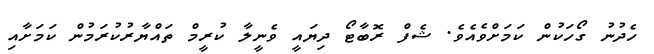
ހެދުނު ގޯހަކުން ކަމަށްވެއެވެ. ޝެފް ރޮބާޓޯ ދިޔައީ ވެނީލާ ކުރީމް ތައްޔާރުކުރަމުން ކަމަށާއި